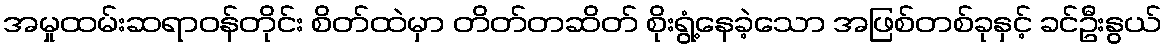
အမှုထမ်းဆရာဝန်တိုင်း စိတ်ထဲမှာ တိတ်တဆိတ် စိုးရွံ့နေခဲ့သော အဖြစ်တစ်ခုနှင့် ခင်ဦးနွယ်